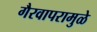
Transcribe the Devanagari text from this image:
गैरवापरामुळे